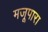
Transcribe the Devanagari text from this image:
मजूपारा